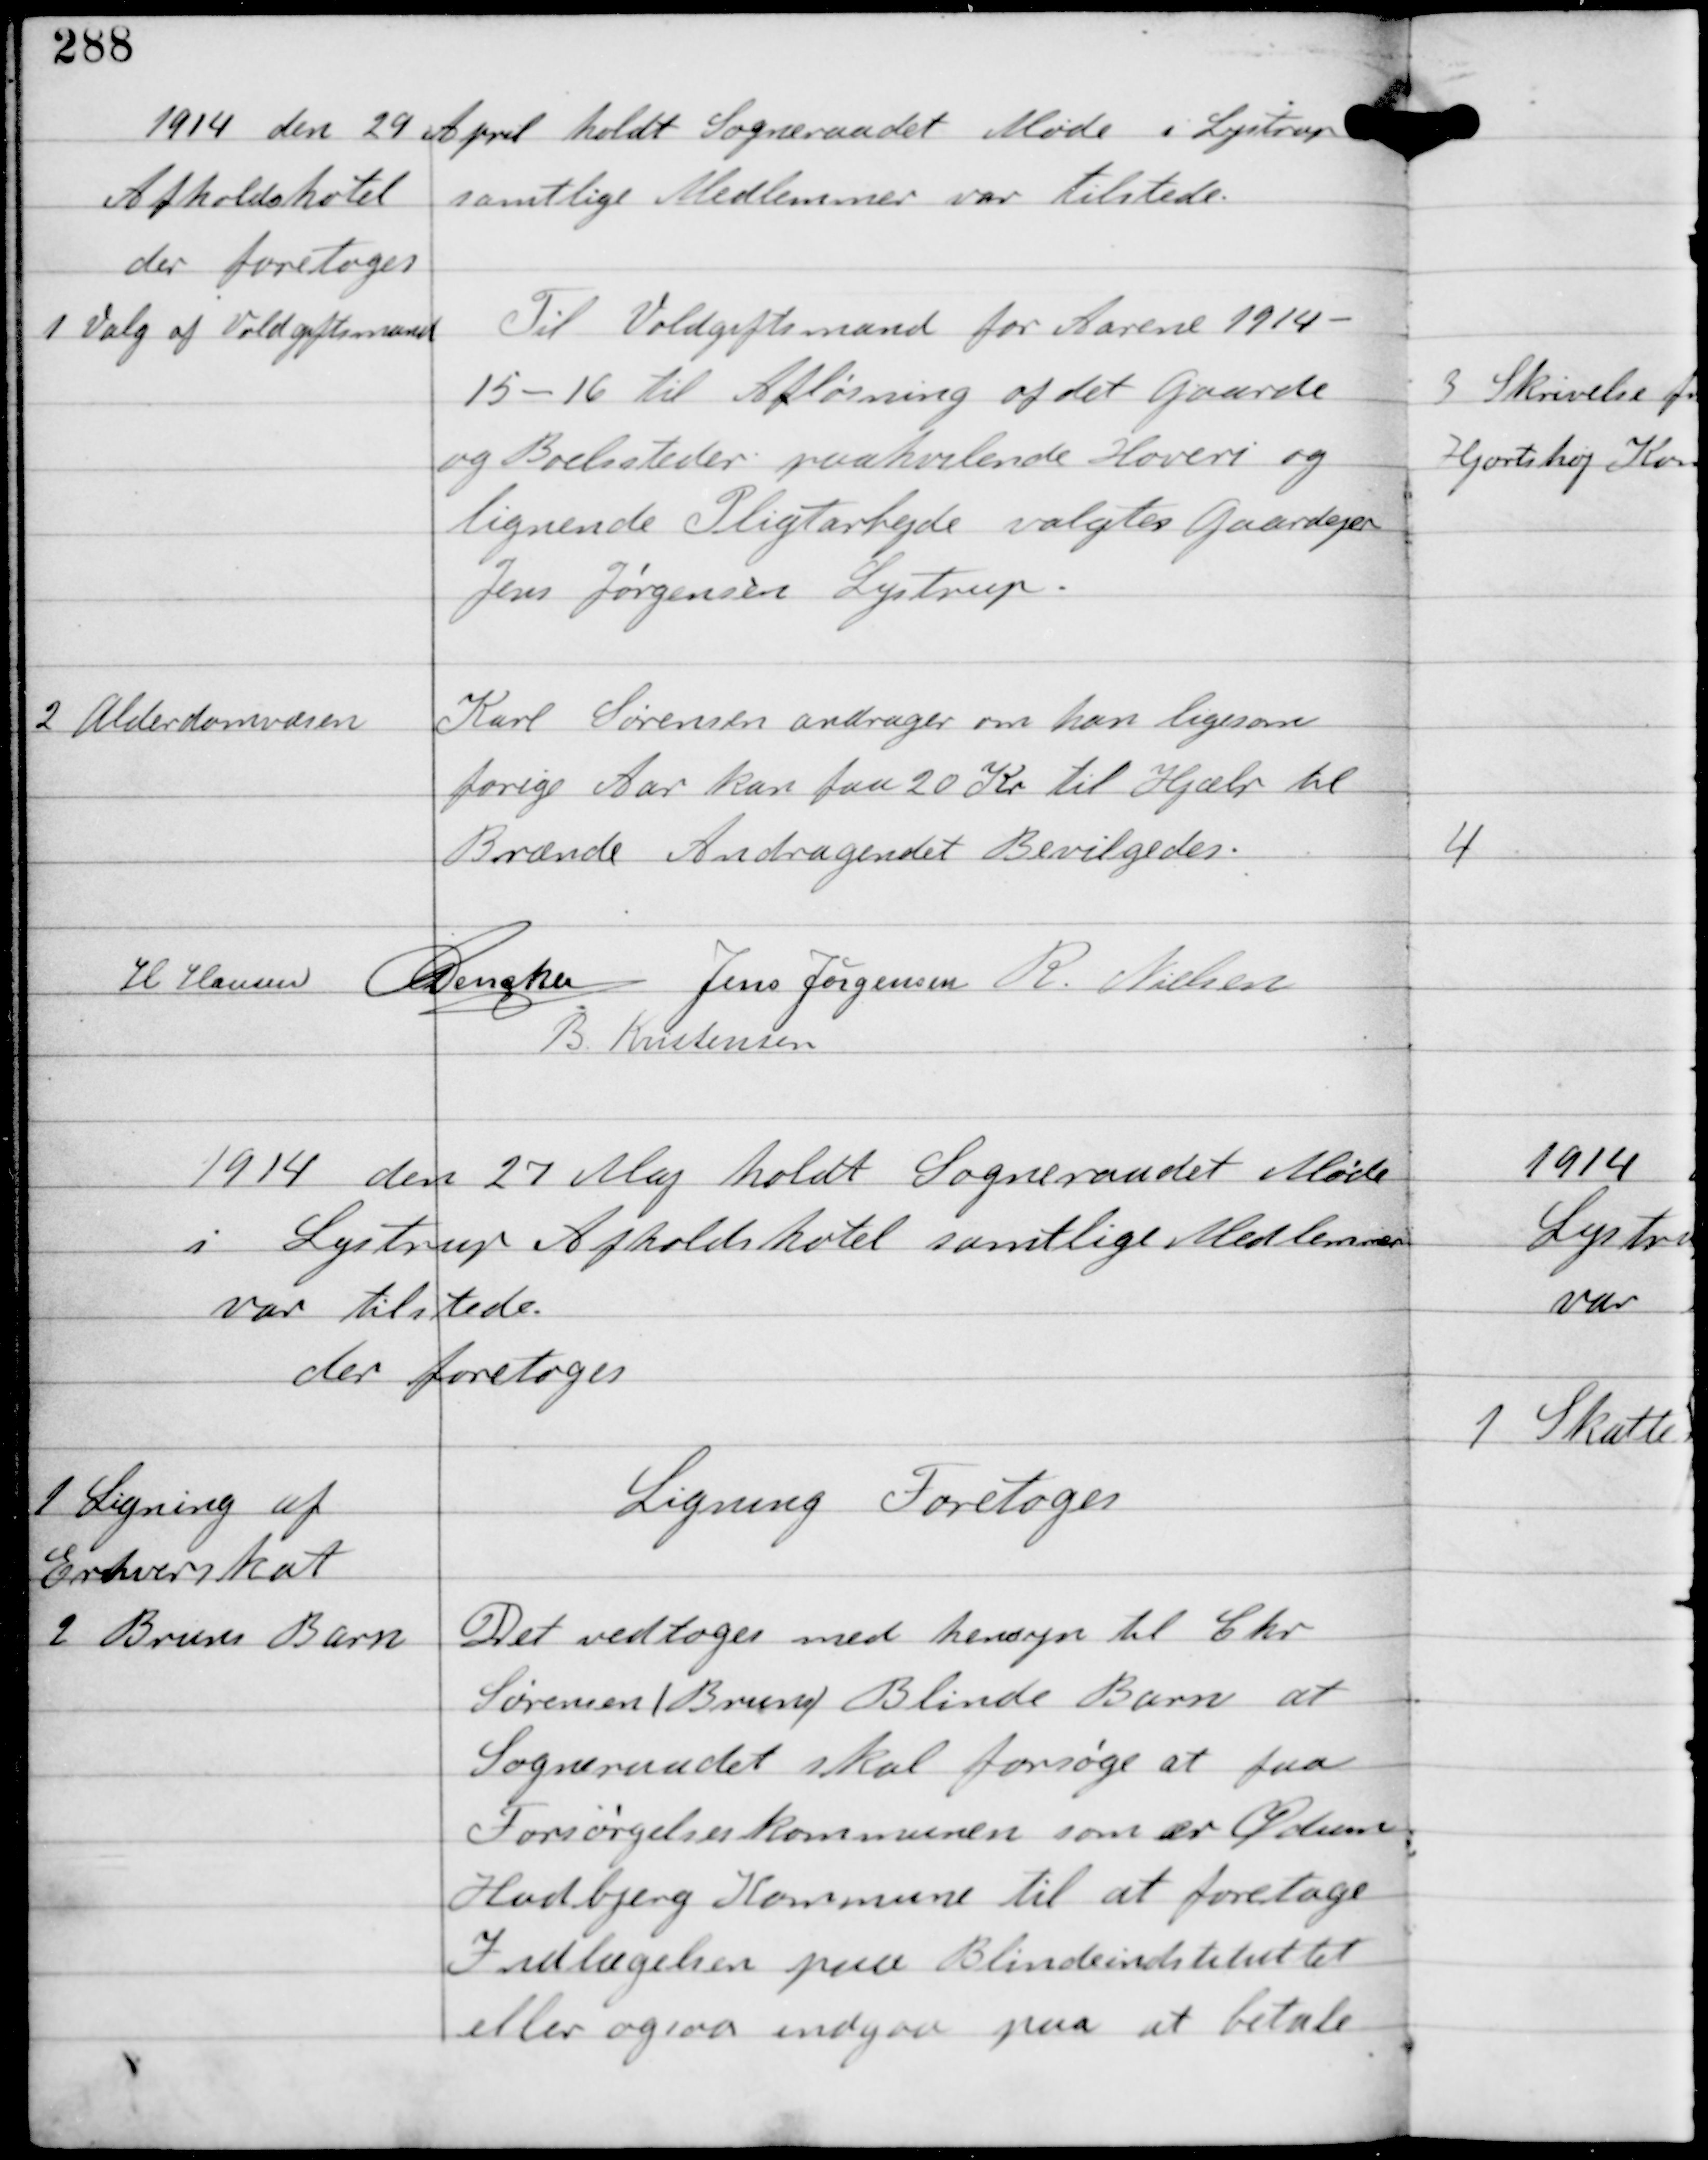
Transskription:
1914 den 29 April holdt Sogneraadet Møde i Lystrup
Afholdshotel samtlige Medlemmer var tilstede
der foretoges

1

Valg af Voldgiftsmand

Til Voldgiftsmand for Aarene 1914-
15-16 til Afløsning af det Gaarde
og Boelssteder paakrævede Hoveri og
lignende Pligtarbejde valgtes Gaardejer
Jens Jørgensen Lystrup.

2

Alderdomsvæsen

Karl Sørensen andrager om han ligesom
forige Aar kan faa 20 Kr til Hjælp til
Brænde. Andragendet Bevilgedes.

H Hansen C Dencker Jens Jørgensen R Nielsen
B Kristensen

1914 den 27 Maj holdt Sogneraadet Møde
i Lystrup Afholdshotel samtlige Medlemmer
var tilstede.
der foretoges

1
Ligning af
Erhvervsskat

Ligning Foretoges

2
Bruses Barn

Det vedtoges med hensyn til Chr
Sørensen (Bruses) Blinde Barn at
Sogneraadet skal forsøge at faa
Forsørgelseskommunen som er Ødum
Hadbjerg Kommune til at foretage
Indlæggelsen paa Blindeinstituttet
eller ogsaa indgaa paa at betale